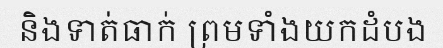
និងទាត់ធាក់ ព្រមទាំងយកដំបង